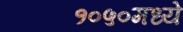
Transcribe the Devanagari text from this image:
१०५०मध्ये